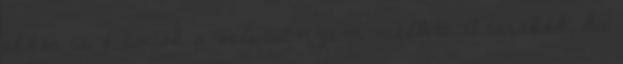
akkor is kitartok a véleményem mellett. A törökök, ha